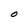
Character: O